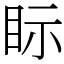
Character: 眎